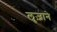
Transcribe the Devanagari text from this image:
लुज़ाने